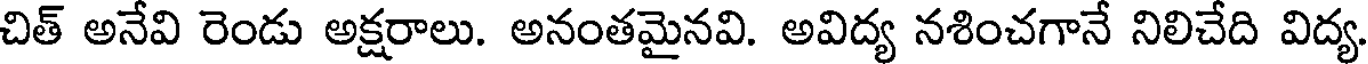
చిత్ అనేవి రెండు అక్షరాలు. అనంతమైనవి. అవిద్య నశించగానే నిలిచేది విద్య